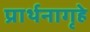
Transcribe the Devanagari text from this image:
प्रार्थनागृहे